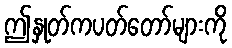
ဤနှုတ်ကပတ်တော်များကို